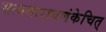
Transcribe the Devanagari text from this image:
सत्यनारायणंकेचित्